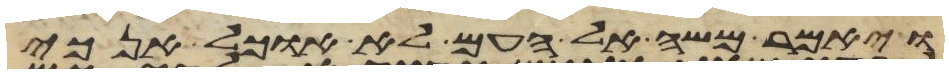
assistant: ויאמר משה אל העם לא אוכל אנכי